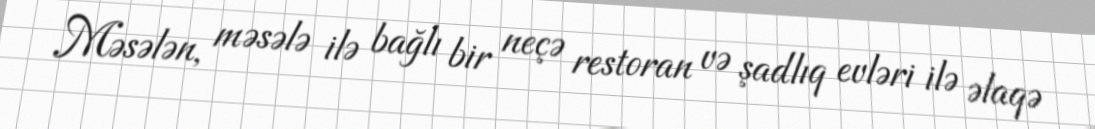
Məsələn, məsələ ilə bağlı bir neçə restoran və şadlıq evləri ilə əlaqə